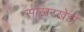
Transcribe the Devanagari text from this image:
साखरखेडी